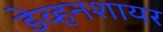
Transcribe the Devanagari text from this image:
डेव्हनशायर